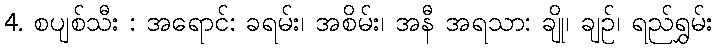
4. စပျစ်သီး : အရောင်: ခရမ်း၊ အစိမ်း၊ အနီ အရသာ: ချို၊ ချဉ်၊ ရည်ရွှမ်း